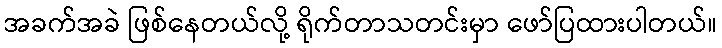
အခက်အခဲ ဖြစ်နေတယ်လို့ ရိုက်တာသတင်းမှာ ဖော်ပြထားပါတယ်။